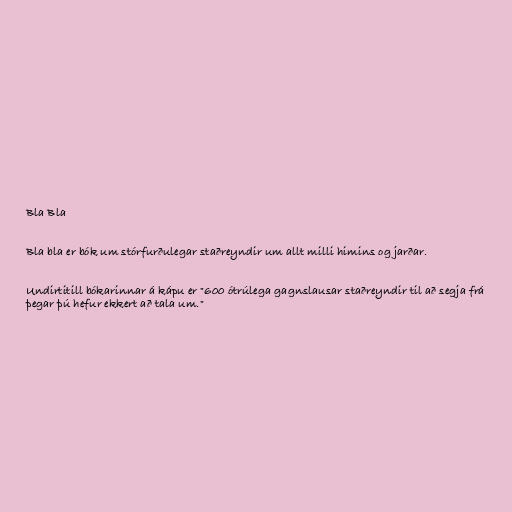
Bla Bla

Bla bla er bók um stórfurðulegar staðreyndir um allt milli himins og jarðar.

Undirtitill bókarinnar á kápu er "600 ótrúlega gagnslausar staðreyndir til að segja frá
þegar þú hefur ekkert að tala um."